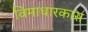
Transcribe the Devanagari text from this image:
विमाधारकास